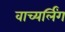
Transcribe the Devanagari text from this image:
वाच्यर्लिंग